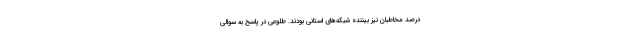
درصد مخاطبان نیز بیننده شبکه‌های استانی بودند. طلوعی در پاسخ به سوالی